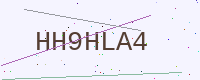
Text: HH9HLA4